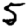
Digit: 5